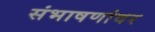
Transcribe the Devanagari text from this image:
संभाषणांवर